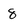
Character: 8